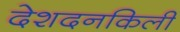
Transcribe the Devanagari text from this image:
देशदनकिली